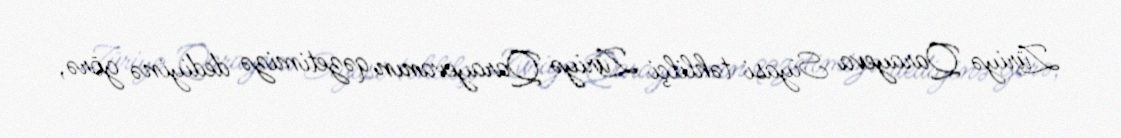
Züriyə Qarayeva Siyasi təhlilçi Züriyə Qarayevanın qəzetimizə dediyinə görə,